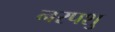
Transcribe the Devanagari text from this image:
नरपशु